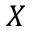
X